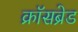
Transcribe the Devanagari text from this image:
क्रॉसब्रेड